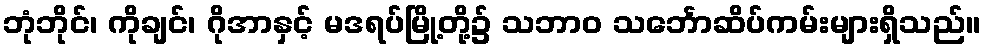
ဘုံဘိုင်၊ ကိုချင်၊ ဂိုအာနှင့် မဒရပ်မြို့တို့၌ သဘာဝ သင်္ဘောဆိပ်ကမ်းများရှိသည်။